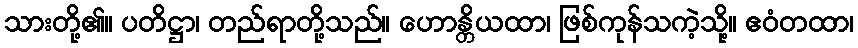
သားတို့၏။ ပတိဋ္ဌာ၊ တည်ရာတို့သည်။ ဟောန္တိယထာ၊ ဖြစ်ကုန်သကဲ့သို့။ ဧဝံတထာ၊